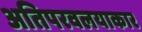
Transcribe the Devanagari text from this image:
अतिपरवलयाकार